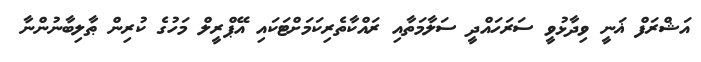
އަޝްރަފް ޣަނީ ވިދާޅުވީ ސަރަހައްދީ ސަލާމަތާއި ރައްކާތެރިކަމަށްޓަކައި އޭޕްރީލް މަހުގެ ކުރިން ޠާލިބާނުންނާ